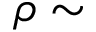
\rho \sim